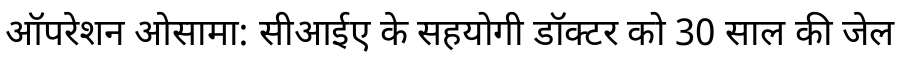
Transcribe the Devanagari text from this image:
ऑपरेशन ओसामा: सीआईए के सहयोगी डॉक्टर को 30 साल की जेल